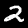
Label: 2